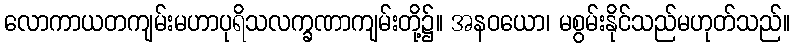
လောကာယတကျမ်းမဟာပုရိသလက္ခဏာကျမ်းတို့၌။ အနဝယော၊ မစွမ်းနိုင်သည်မဟုတ်သည်။